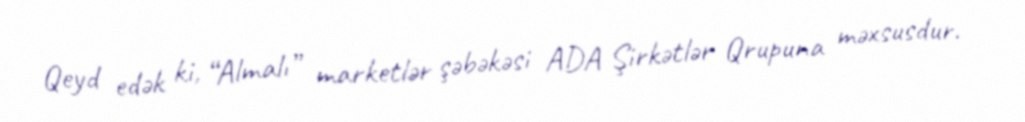
Qeyd edək ki, “Almalı” marketlər şəbəkəsi ADA Şirkətlər Qrupuna məxsusdur.